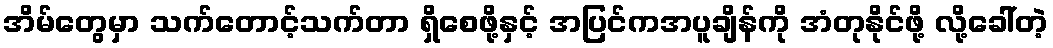
အိမ်တွေမှာ သက်တောင့်သက်တာ ရှိစေဖို့နှင့် အပြင်ကအပူချိန်ကို အံတုနိုင်ဖို့ လို့ခေါ်တဲ့